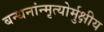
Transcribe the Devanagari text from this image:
बन्धनांन्मृत्योर्मुक्षीय